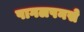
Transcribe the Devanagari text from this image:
पागलपनसे